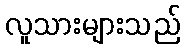
လူသားများသည်